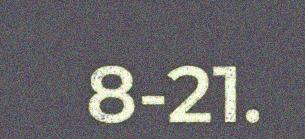
8-21.